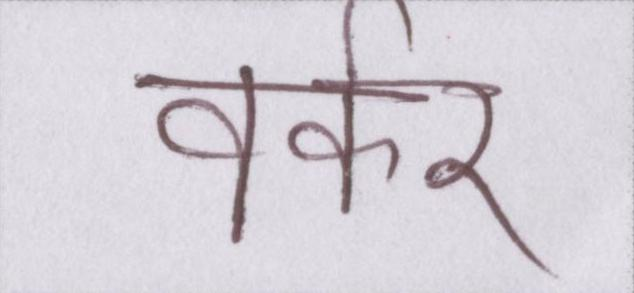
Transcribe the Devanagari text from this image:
वर्कर